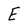
Character: E